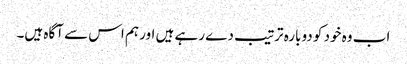
اب وہ خود کو دوبارہ ترتیب دے رہے ہیں اور ہم اس سے آگاہ ہیں۔